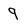
Character: 9